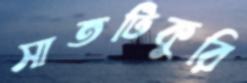
সাতটিকুরি